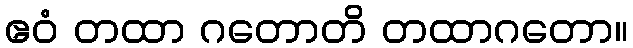
ဧဝံ တထာ ဂတောတိ တထာဂတော။